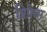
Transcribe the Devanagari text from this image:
प्रिफ़ेस